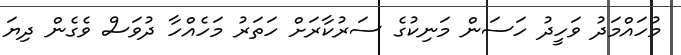
މުހައްމަދު ވަހީދު ހަސަން މަނިކުގެ ސަރުކާރަށް ހަތަރު މަހެއްހާ ދުވަސް ވެގެން ދިޔަ